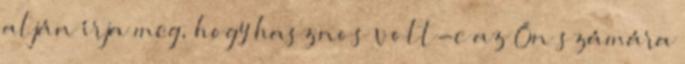
alján írja meg, hogy hasznos volt-e az Ön számára